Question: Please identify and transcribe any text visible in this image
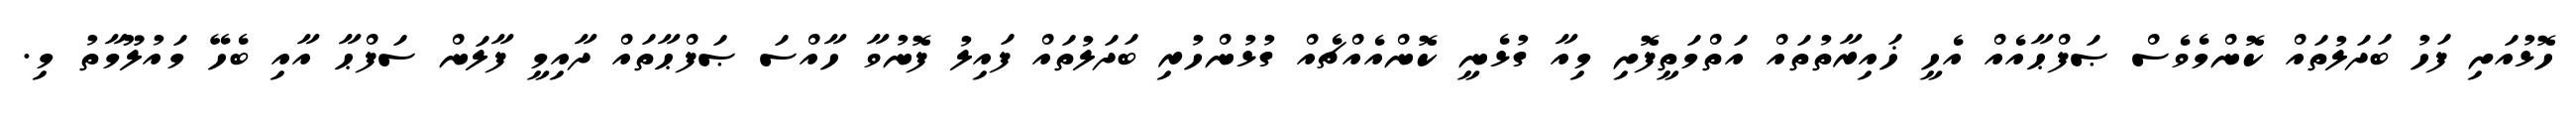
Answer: ހޮޅުއަށި ފަހު ބަދަލުތައް ކޮންމެވެސް ޞަފްޙާއެއް އެހީ ޚައިރާތުތައް އަތްމަތީފޮށި މިއާ ގުޅެނީ ކޮންއެއްޗެއް ގުޅުންހުރި ބަދަލުތައް ފައިލު ފޮނުވާ ހާއްސަ ޞަފްޙާތައް ދާއިމީ ފާލަން ސަފްޙާ އާއި ބެހޭ މައުލޫމާތު މި.